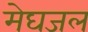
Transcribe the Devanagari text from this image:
मेघजल